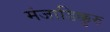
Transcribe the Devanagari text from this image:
मंजाडिक्कुरु